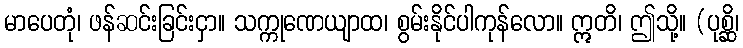
မာပေတုံ၊ ဖန်ဆင်းခြင်းငှာ။ သက္ကုဏေယျာထ၊ စွမ်းနိုင်ပါကုန်လော။ ဣတိ၊ ဤသို့။ (ပုစ္ဆိ၊